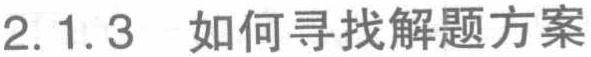
2.1.3 如何寻找解题方案